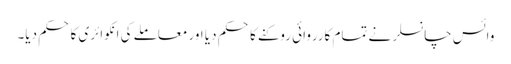
وائس چانسلر نے تمام کارروائی روکنے کا حکم دیا اور معاملے کی انکوائری کا حکم دیا۔